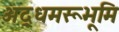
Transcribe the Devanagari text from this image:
अद्र्धमरूभूमि